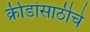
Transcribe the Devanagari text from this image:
क्रीडांसाठीचे